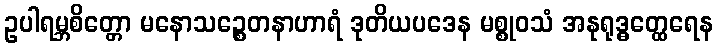
ဥပါရမ္ဘစိတ္တော မနောသဉ္စေတနာဟာရံ ဒုတိယပဒေန မစ္စုဝသံ အနုရုဒ္ဓတ္ထေရေန